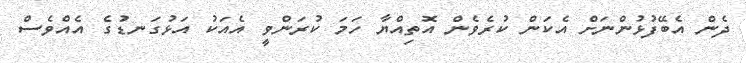
ދެން އެބޭފުޅުންނަށް އެކަން ކުރެވެން އޮތިއްޔާ ހަމަ ކުރަންވީ އެއަކު އަޅުގަނޑުގެ އެއްވެސް